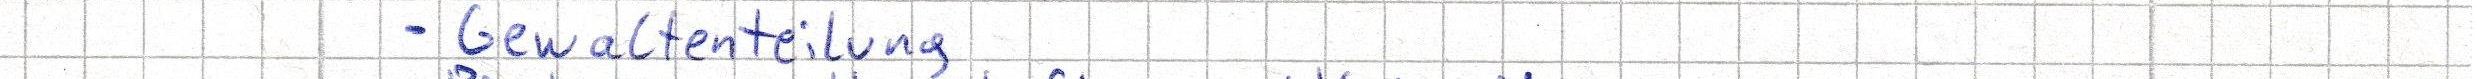
- Gewaltenteilung